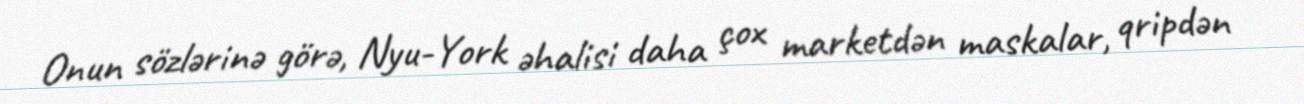
Onun sözlərinə görə, Nyu-York əhalisi daha çox marketdən maskalar, qripdən